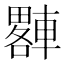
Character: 𨎠